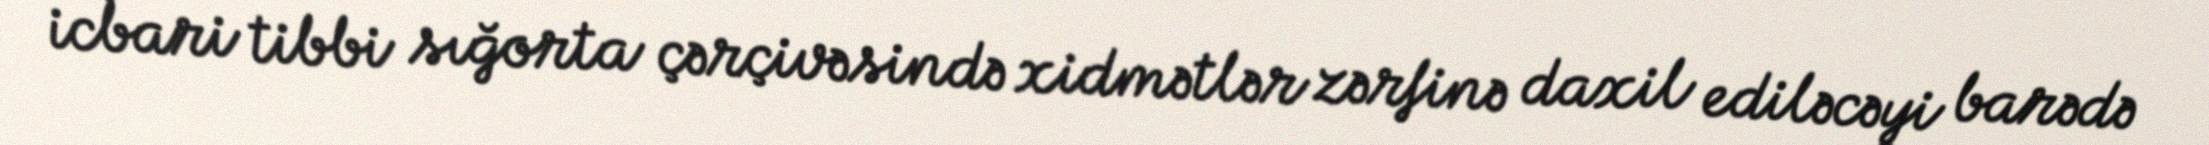
icbari tibbi sığorta çərçivəsində xidmətlər zərfinə daxil ediləcəyi barədə